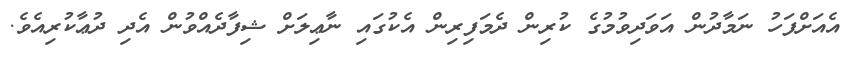
އެއަށްފަހު ނަމާދުން އަވަދިވުމުގެ ކުރިން ދެމަފިރިން އެކުގައި ނާޢިލަށް ޝިފާދެއްވުން އެދި ދުޢާކުރިއެވެ.